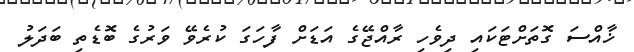
ޚާއްސަ ގޮތަށްޓަކައި ދިވެހި ރާއްޖޭގެ އަޑަށް ފާހަގަ ކުރެވޭ ވަރުގެ ބޮޑެތި ބަދަލު